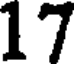
17